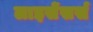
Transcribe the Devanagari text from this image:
लाइसेंसर्स